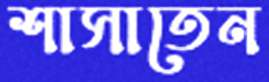
শাসাতেন